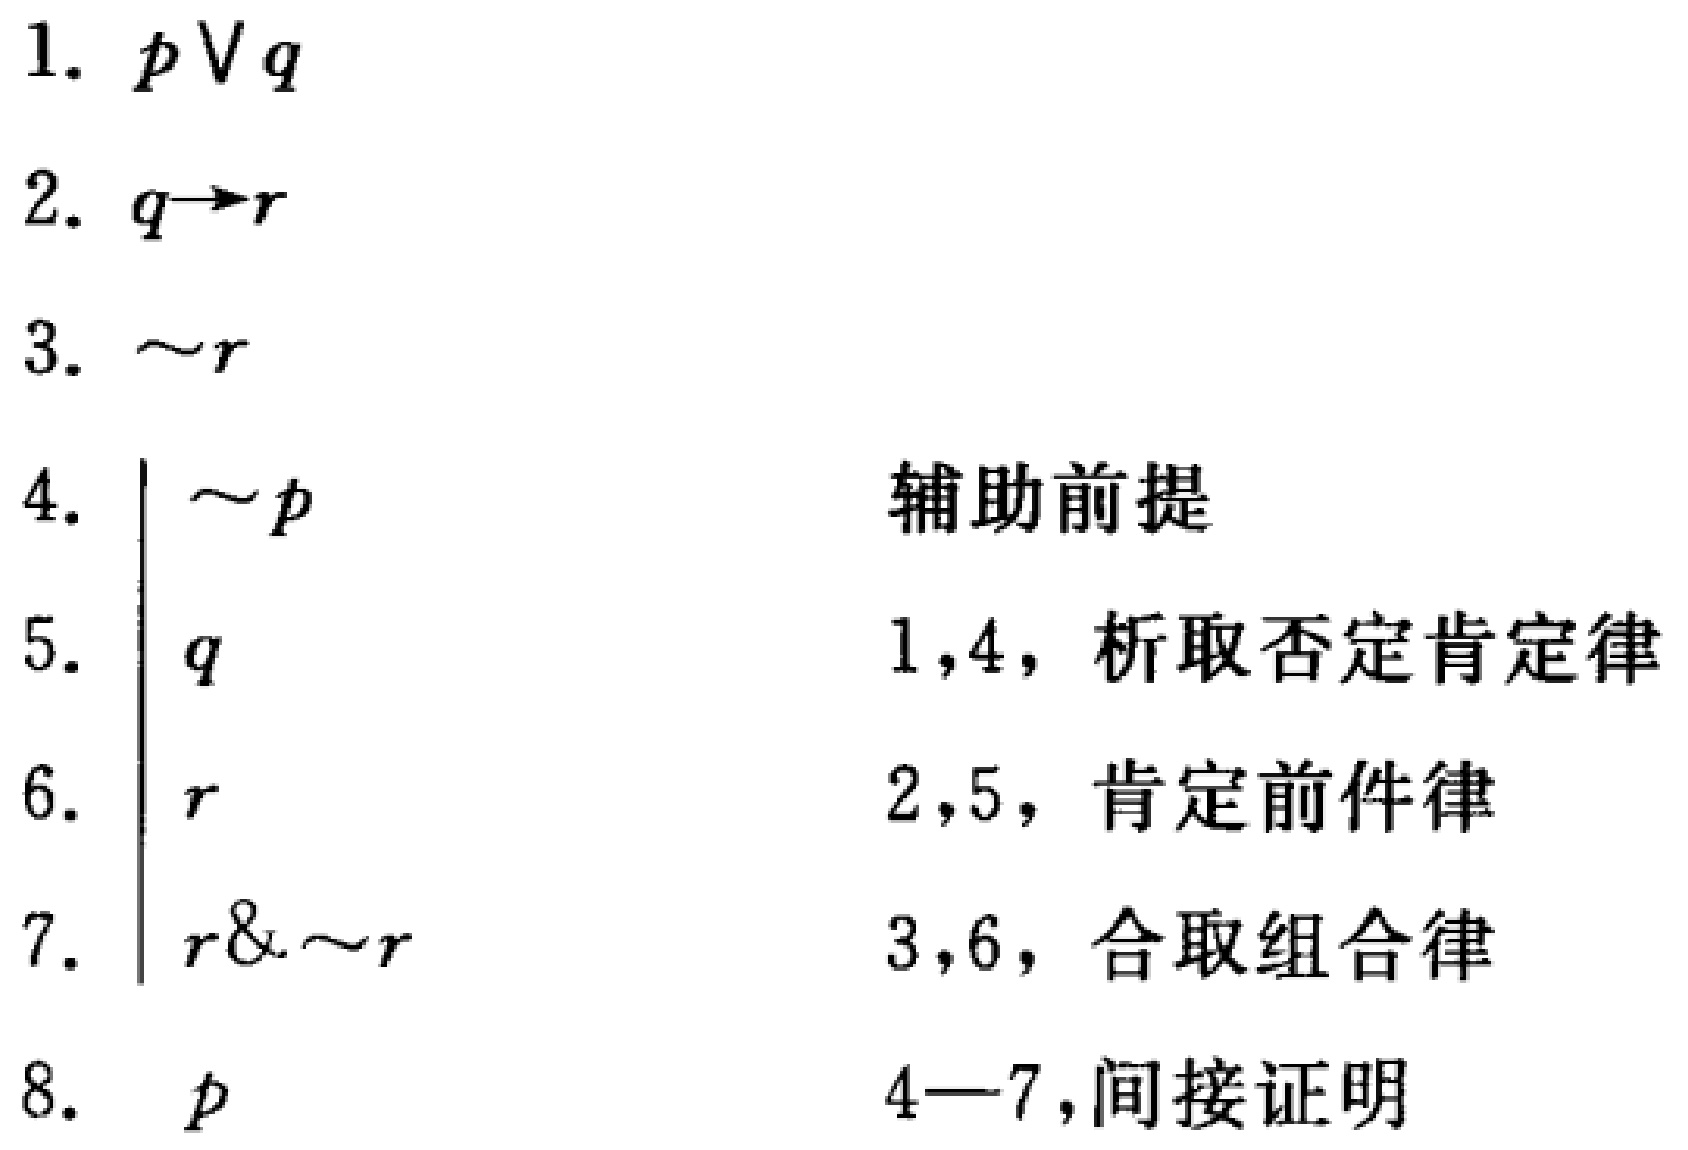
\begin{enumerate}
\item $p\vee q$
\item $q\rightarrow r$
\item $\sim r$
\item $\vert\sim p$ \quad 辅助前提
\item $\vert q$ \quad 1,4，析取否定肯定律
\item $\vert r$ \quad 2,5，肯定前件律
\item $\vert r\&\sim r$ \quad 3,6，合取组合律
\item $p$ \quad 4—7,间接证明
\end{enumerate}